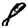
Digit: 8